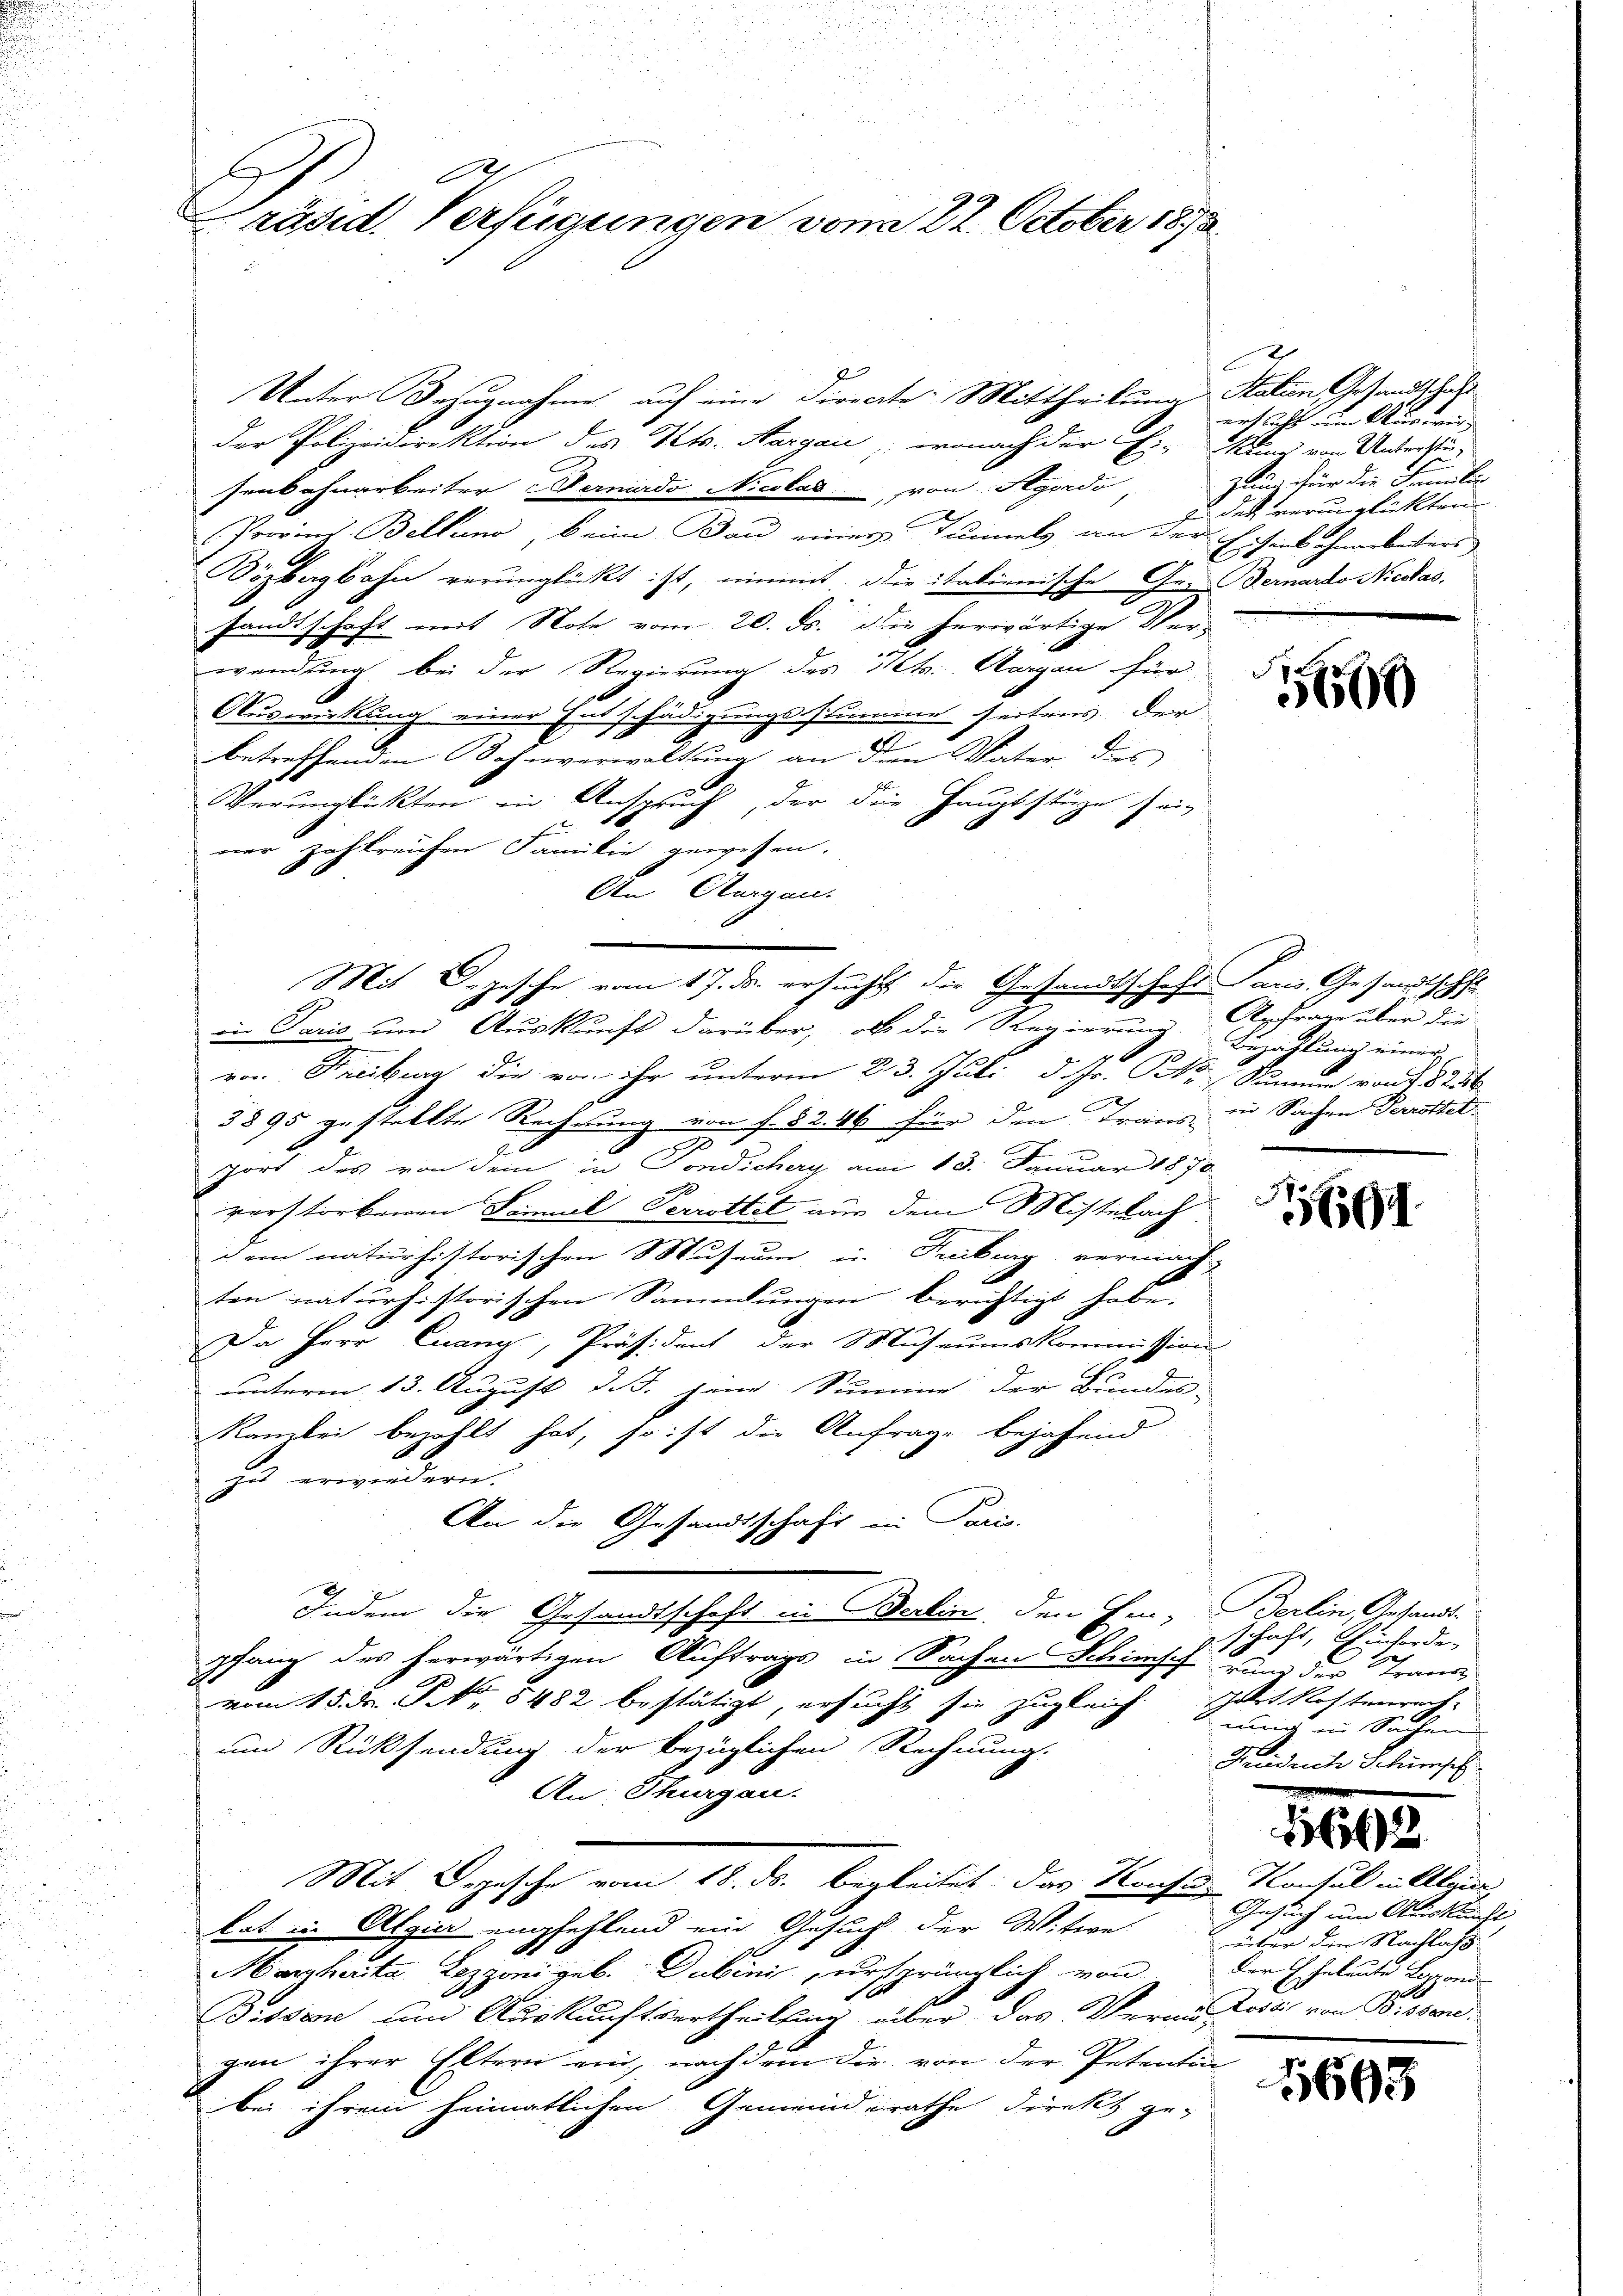
Präsid. Verfügungen vom 22. October 1898

Unter Bezugnahme auf eine Directe: Mittheilung Station Gesandtschaft
der Polizeidirektion des Kts. Aargau, wonach der Ei-Kunz von Unterstüsenbahnarbeiter ernardo Nicskad von Styordo,
Provins Bellino, beim Bau einer Tunnels an der Eisenbahnarbeiters
Bözbagbahn verunglückt ist, nimmt die italinerische Ge- Gernardo Niedas.
sandtschaft mit Note vom 20. ds. die herwärtige Verwendung, bei der Regierung des Kts. Aargau für
Auswirkung einer Entschädigungsstumme seitens der
betreffenden Bahnverwaltung an dem Vater des
Verunglückten in Anspruch, der die Hauptstüze sei
ner zahlreichen Familie gewesen.
An Aargau.
in Paris und Auskunft darüber, ob die Regierung sehr über
von Freibung die von ihr unterm 23. Juli d. Js. k. Sinnen von 25
3895 gestellte Rechnung von f. 82. 44 für den Traus in Sachen Perrottelport des von dem in Fondichery am 13. Januar 1870
verstorbenen Samuel Verrottet aus dem Mittelach
dem naturhistorischen Museum in Feiburg vermach
ten naturhistorischen Sammlungen berichtigt habe.
Da Herr Cuany, Präsident der Museumskommission
unterm 13. August d. J. hine Summe der Bundes- |
Kanzlei bezahlt hat, so ist die Anfrage bejahend
zu erwiedern.
An die Gesandtschaft in Paris.
Indem die Gesandtschaft in Berlin, den Ein Berlin, Gesandt-
pfang des herwärtigen Auftrags in Sachen Schimpf rund der Trans
vom 15. de. No 8482 bestätigt, ersucht sie zugleich
und Rücksendung der bezüglichen Rechnung.
An Thurgau.
Mit Depesche vom 18. ds. begleitet. Das Konses Konsul in Algier
lat in Algier empfehlend ein Gesucht der Witwe
Marcharita Lezzoni geb. Dubini ursprünglich von
Dissen und Auskunftsertheilung über das Veransportis von Pissongen ihrer Eltern ein, nach dem die von der Petentin
bei ihrem heimatlichen Gemeinderathe Direkt ge-

Mit Segesche vom 17. ds. ersucht die Gesandtschaft Saus Gesandtschaf

d
erflicht um Auswer
zung für die Familie
dit verunglückten

5569

Bezahlung einen

1569.

schaft, Einforde
Gobet Kostenrech
nung in Sachen
Friedurch Schirsch

1102

Gesuch um Auskunft,
rüber den Nachlass
der Eheleute Lospond

1603